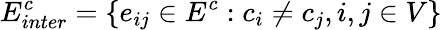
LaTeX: E_{inter}^{c}=\{ e_{ij}\in E^{c}:c_{i}\ne c_{j},i,j\in V\}